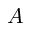
A